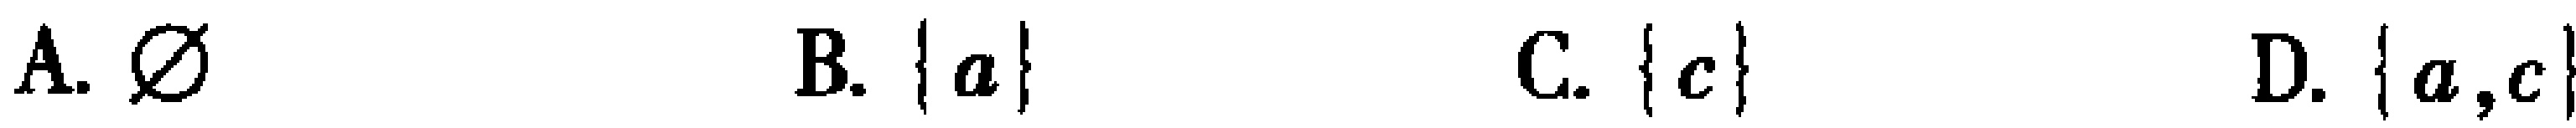
A. $\varnothing$  B. $\{a\}$  C. $\{c\}$  D. $\{a,c\}$